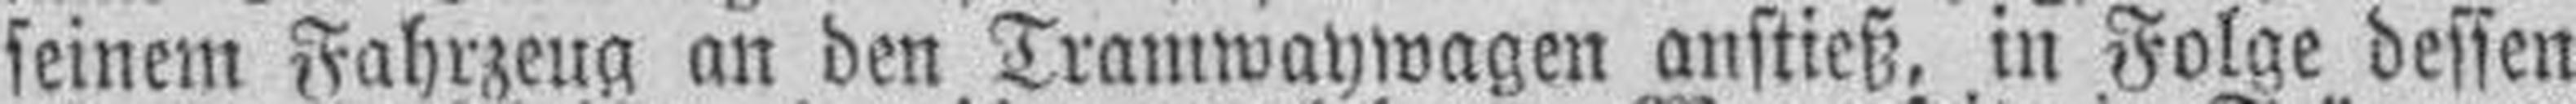
seinem Fahrzeug an den Tramwaywagen anstieß, in Folge dessen